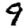
Digit: 9